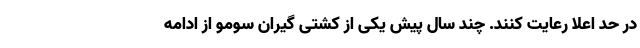
در حد اعلا رعایت کنند. چند سال پیش یکی از کشتی گیران سومو از ادامه